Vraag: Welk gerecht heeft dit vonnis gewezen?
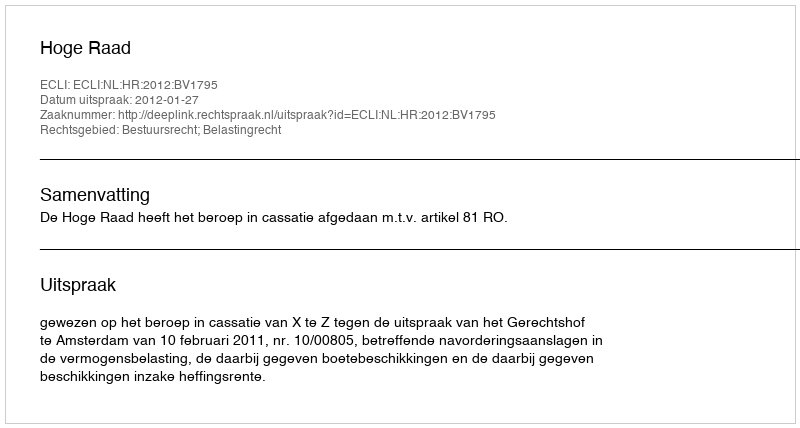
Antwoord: Hoge Raad